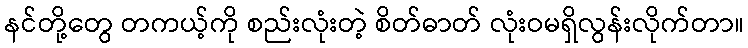
နင်တို့တွေ တကယ့်ကို စည်းလုံးတဲ့ စိတ်ဓာတ် လုံးဝမရှိလွန်းလိုက်တာ။